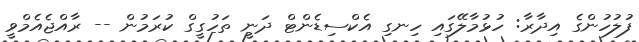
ފުލުހުންގެ އިދާރާ: ހުޅުމާލޭގައި ހިނގި އެކްސިޑެންޓް ދަނީ ތަހުގީގް ކުރަމުން -- ރާއްޖެއެމްވީ